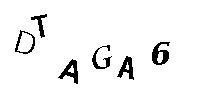
DTAGA6